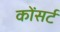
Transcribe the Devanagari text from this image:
कोंसर्ट